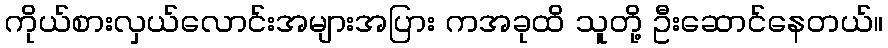
ကိုယ်စားလှယ်လောင်းအများအပြား ကအခုထိ သူတို့ ဦးဆောင်နေတယ်။